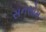
સનસોમ